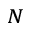
_ { N }